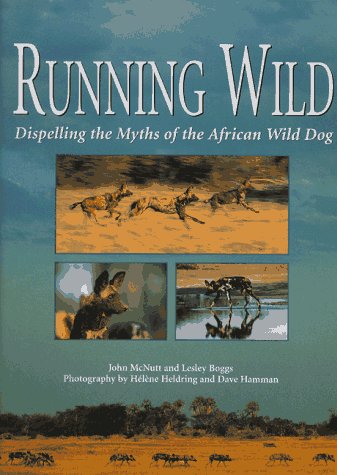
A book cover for Running Wild: Dispelling the Myths of the African Wild Dog; John McNutt; Sports & Outdoors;